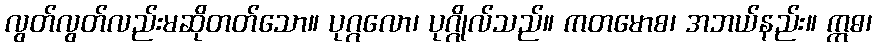
လွတ်လွတ်လည်းမဆိုတတ်သော။ ပုဂ္ဂလော၊ ပုဂ္ဂိုလ်သည်။ ကတမောစ၊ အဘယ်နည်း။ ဣဓ၊